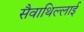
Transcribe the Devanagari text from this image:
सैवाथिल्लाई